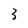
Character: 3